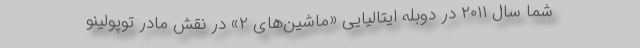
شما سال ۲۰۱۱ در دوبله ایتالیایی «ماشین‌های ۲» در نقش مادر توپولینو